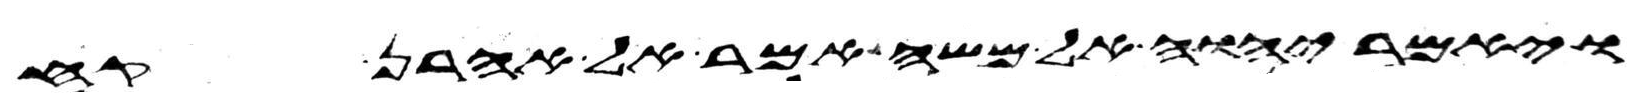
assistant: ויאמר יהוה אל משה אמר אל אהרן קח